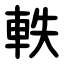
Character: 軼